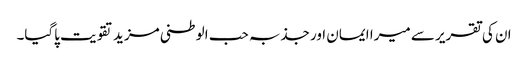
ان کی تقریر سے میرا ایمان اور جذبہ حب الوطنی مزید تقویت پاگیا۔